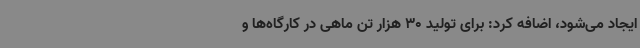
ایجاد می‌شود، اضافه کرد: برای تولید 30 هزار تن ماهی در کارگاه‌ها و